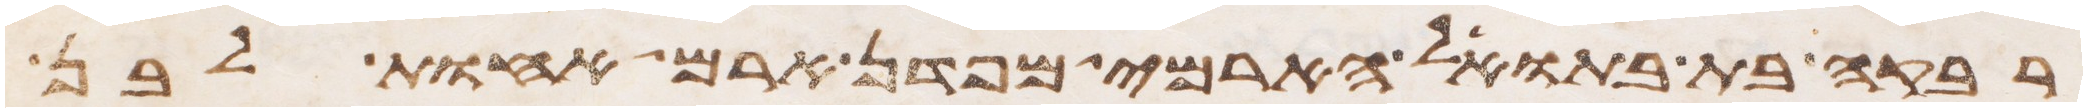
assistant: רבקה בת בתואל הארמי מפדן ארם אחות לבן